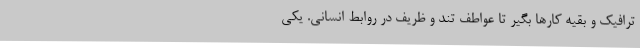
ترافیک و بقیه کارها بگیر تا عواطف تند و ظریف در روابط انسانی. یکی